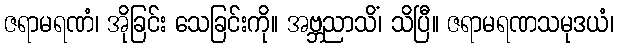
ဇရာမရဏံ၊ အိုခြင်း သေခြင်းကို။ အဗ္ဘညာသိံ၊ သိပြီ။ ဇရာမရဏသမုဒယံ၊